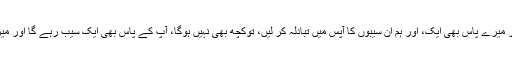
اگر آپ کے پاس ایک سیب ہو اور میرے پاس بھی ایک، اور ہم ان سیبوں کا آپس میں تبادلہ کر لیں، توکچھ بھی نہیں ہوگا، آپ کے پاس بھی ایک سیب رہے گا اور میرے پاس بھی ایک سیب رہے گا۔